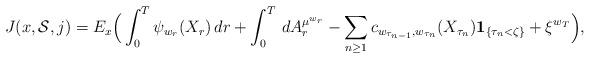
LaTeX: \begin{align*}J(x,\mathcal{S},j)=E_x\Big(\int_0^T \psi_{w_r}(X_r)\,dr+\int_0^T\,dA^{\mu^{w_r}}_r-\sum_{n\ge 1} c_{w_{\tau_{n-1}},w_{\tau_{n}}}(X_{\tau_n})\mathbf{1}_{\{\tau_n<\zeta\}}+\xi^{w_T}\Big),\end{align*}